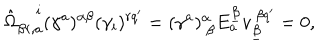
\hat { \Omega } _ { \beta r , a } ^ { ~ i } ( \gamma ^ { a } ) ^ { \alpha \beta } ( \gamma _ { i } ) ^ { r q ^ { \prime } } = ( \gamma ^ { a } ) _ { ~ \beta } ^ { \alpha } E _ { a } ^ { \underline { { \beta } } } v _ { \underline { { \beta } } } ^ { ~ \beta q ^ { \prime } } = 0 ,